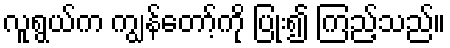
လူရွယ်က ကျွန်တော့်ကို ပြုံး၍ ကြည့်သည်။